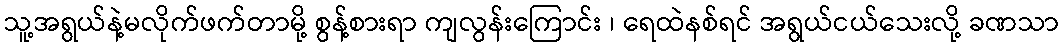
သူ့အရွယ်နဲ့မလိုက်ဖက်တာမို့ စွန့်စားရာ ကျလွန်းကြောင်း ၊ ရေထဲနစ်ရင် အရွယ်ငယ်သေးလို့ ခဏသာ